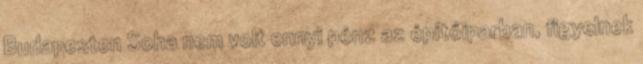
Budapesten Soha nem volt ennyi pénz az építőiparban, figyelnek